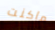
ماكنت